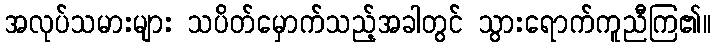
အလုပ်သမားများ သပိတ်မှောက်သည့်အခါတွင် သွားရောက်ကူညီကြ၏။